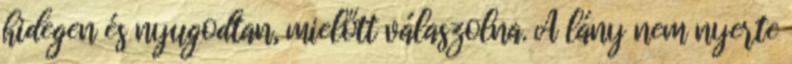
hidegen és nyugodtan, mielőtt válaszolna. A lány nem nyerte